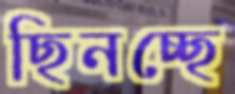
ছিনচ্ছে